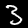
Label: 3